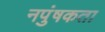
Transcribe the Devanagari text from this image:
नपुंषकता